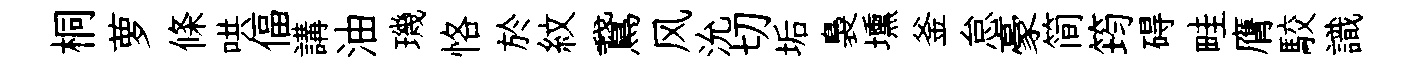
桐萝條哄偪講油璣恪於紋鵞风沇切垢裊壎釜怠豪简筠碍畦膺駮識